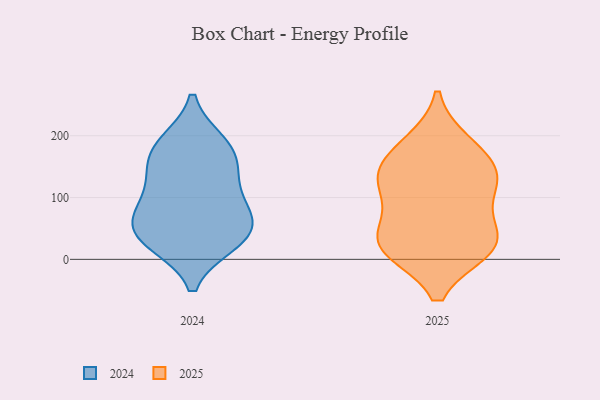
{"axis": {"x": "Population (Million)", "y": "Value"}, "legend": ["2024", "2025"], "data": [{"x": "", "y": 142, "type": "2025"}, {"x": "", "y": 123, "type": "2025"}, {"x": "", "y": 188, "type": "2025"}, {"x": "", "y": 19, "type": "2025"}, {"x": "", "y": 45, "type": "2025"}, {"x": "", "y": 18, "type": "2025"}, {"x": "", "y": 124, "type": "2025"}, {"x": "", "y": 17, "type": "2025"}, {"x": "", "y": 24, "type": "2025"}, {"x": "", "y": 79, "type": "2025"}, {"x": "", "y": 134, "type": "2025"}, {"x": "", "y": 177, "type": "2025"}, {"x": "", "y": 90, "type": "2024"}, {"x": "", "y": 69, "type": "2024"}, {"x": "", "y": 28, "type": "2024"}, {"x": "", "y": 77, "type": "2024"}, {"x": "", "y": 27, "type": "2024"}, {"x": "", "y": 40, "type": "2024"}, {"x": "", "y": 46, "type": "2024"}, {"x": "", "y": 188, "type": "2024"}, {"x": "", "y": 185, "type": "2024"}, {"x": "", "y": 128, "type": "2024"}, {"x": "", "y": 167, "type": "2024"}, {"x": "", "y": 142, "type": "2024"}]}